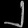
Digit: ၂